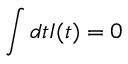
\int d t I ( t ) = 0